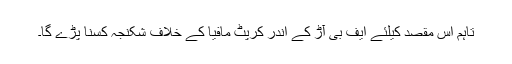
تاہم اس مقصد کیلئے ایف بی آڑ کے اندر کرپٹ مافیا کے خلاف شکنجہ کسنا پڑے گا۔